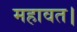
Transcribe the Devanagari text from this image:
महावत।